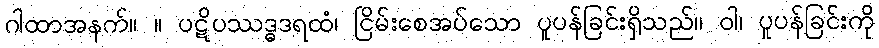
ဂါထာအနက်။ ။ ပဋိပဿဒ္ဓဒရထံ၊ ငြိမ်းစေအပ်သော ပူပန်ခြင်းရှိသည်။ ဝါ၊ ပူပန်ခြင်းကို